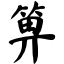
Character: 箅